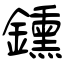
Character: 鑂